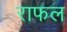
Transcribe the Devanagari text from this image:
राफल